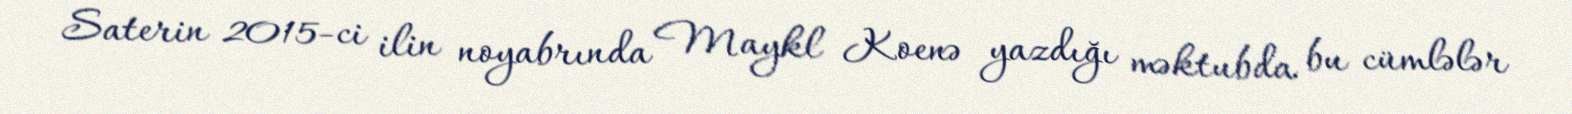
Saterin 2015-ci ilin noyabrında Maykl Koenə yazdığı məktubda bu cümlələr